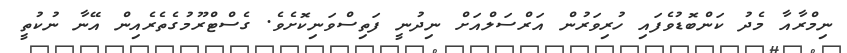
ނިމްރާއާ މެދު ކަންބޮޑުވެފައި ހުރިވަރުން އަރްސަލްއަށް ނިދުނީ ފަތިސްވަނިކޮށެވެ. ގެސްޓްރޫމުގެތެރެއިން އޭނާ ނުކުތީ